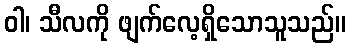
ဝါ၊ သီလကို ဖျက်လေ့ရှိသောသူသည်။